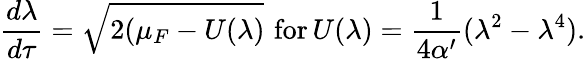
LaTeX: \frac{d\lambda}{d\tau}=\sqrt{2(\mu_{F}-U(\lambda)}\, \, \mathrm{for}\, U(\lambda)=\frac{1}{4\alpha^{\prime}}(\lambda^{2}-\lambda^{4}).